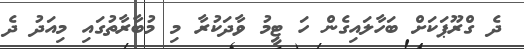
ދެ ގްރޫޕަކަށް ބަހާލައިގެން ހަ ޓީމު ވާދަކުރާ މި މުބާރާތުގައި މިއަދު ދެ